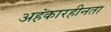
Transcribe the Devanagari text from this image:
अहंकारहीनता